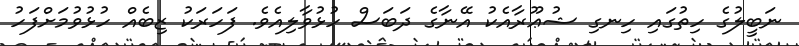
ނަބީލުގެ ހިތުގައި ހިނގި ޝުޢޫރާއެކު އޭނާގެ ދަބަސް ހުޅުވާލިއެވެ. ފަހަރަކު ޒިބެއް ހުޅުވުމަށްފަހު